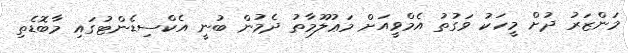
މަންޒަރު ދުށް މީހަކު ވަގުތު އެމްވީއަށް މަޢުލޫމާތު ދެމުން ބުނީ އެކްސިޑެންޓުގައި މާބޮޑެތި